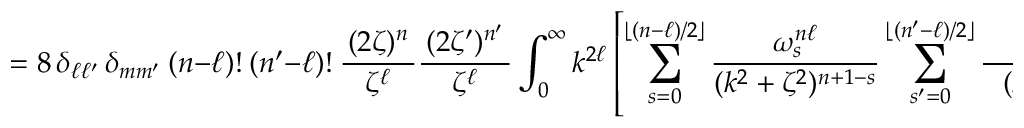
= 8 \, \delta _ { \ell \ell ^ { \prime } } \, \delta _ { m m ^ { \prime } } ~ ( n - \ell ) ! ~ ( n ^ { \prime } - \ell ) ! ~ { \frac { \, ( 2 \zeta ) ^ { n } \, } { \zeta ^ { \ell } } } { \frac { \, ( 2 \zeta ^ { \prime } ) ^ { n ^ { \prime } } \, } { \zeta ^ { \ell } } } \int _ { 0 } ^ { \infty } k ^ { 2 \ell } \left[ \sum _ { s = 0 } ^ { \lfloor ( n - \ell ) / 2 \rfloor } { \frac { \omega _ { s } ^ { n \ell } } { ( k ^ { 2 } + \zeta ^ { 2 } ) ^ { n + 1 - s } } } \sum _ { s ^ { \prime } = 0 } ^ { \lfloor ( n ^ { \prime } - \ell ) / 2 \rfloor } { \frac { \omega _ { s ^ { \prime } } ^ { n ^ { \prime } \ell ^ { \prime } } } { ~ ~ ( k ^ { 2 } + \zeta ^ { 2 } ) ^ { n ^ { \prime } + 1 - s ^ { \prime } } ~ } } \right] \operatorname { d } k